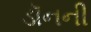
ડૉનની